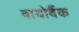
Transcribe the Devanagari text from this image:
बायोबैंक